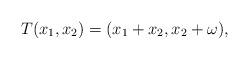
LaTeX: \begin{align*}T(x_{1},x_{2})=(x_{1}+x_{2},x_{2}+\omega),\end{align*}